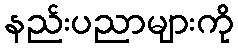
နည်းပညာများကို